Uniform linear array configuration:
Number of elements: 32
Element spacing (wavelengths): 0.5
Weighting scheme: hamming
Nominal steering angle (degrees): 0
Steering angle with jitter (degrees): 1.771
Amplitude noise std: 0.05
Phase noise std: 0.05

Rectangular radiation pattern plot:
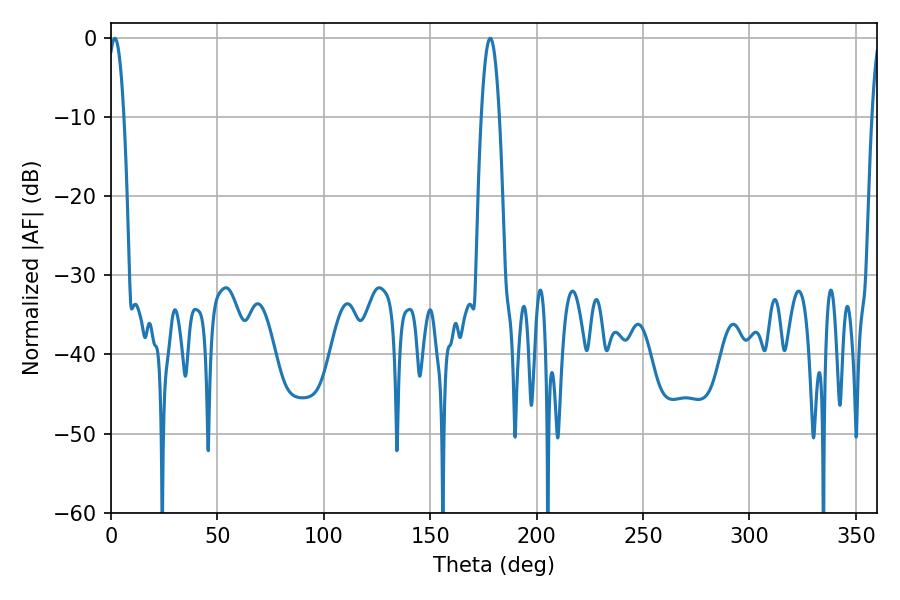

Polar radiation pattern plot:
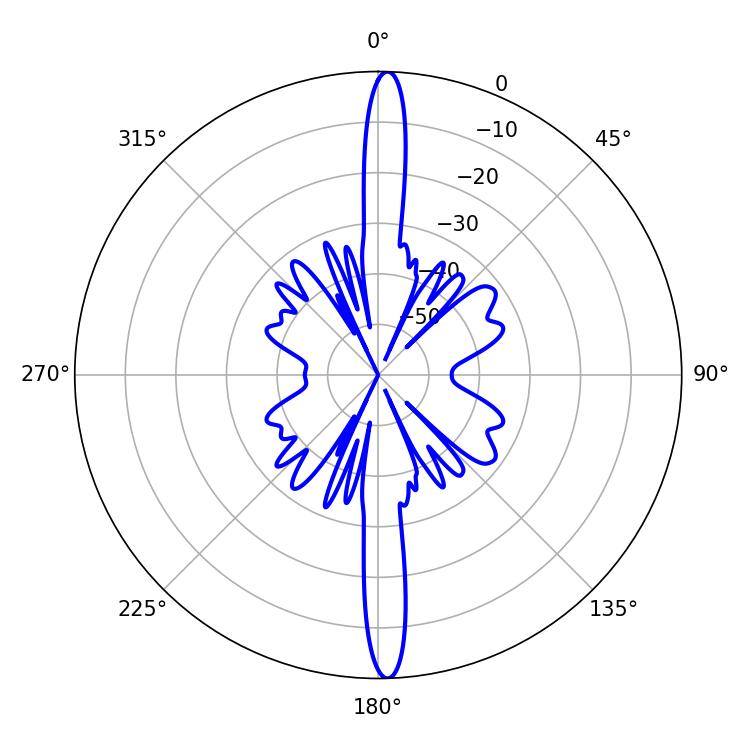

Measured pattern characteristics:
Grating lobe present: FALSE
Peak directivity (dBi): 25.463
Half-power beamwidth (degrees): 4.14
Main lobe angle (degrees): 1.8